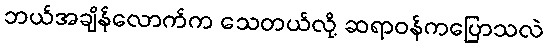
ဘယ်အချိန်လောက်က သေတယ်လို့ ဆရာဝန်ကပြောသလဲ